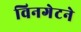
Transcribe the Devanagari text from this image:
विनगेटने